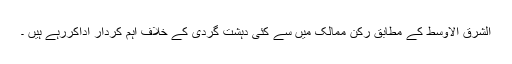
الشرق الاوسط کے مطابق رکن ممالک میں سے کئی دہشت گردی کے خلاف اہم کردار اداکررہے ہیں ۔